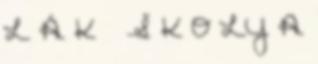
L Á K Š K O LY A